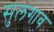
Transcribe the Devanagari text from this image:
सुलगाव